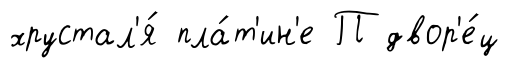
хрустал'я́ пла́т'ин'е П двор'е́ц